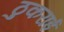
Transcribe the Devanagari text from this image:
ठुकराई